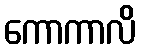
ကောကာလိ